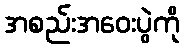
အစည်းအဝေးပွဲကို